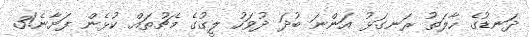
ދަނޑުގެ ހާލަތު ރަނގަޅު އަންނަ ބުދަ ދުވަހު ލީގުގެ މެޗުތައް ކުޅެން ފަށާނެ!3